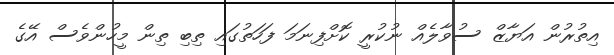
އިތުރުން އަޔާޒް ސުވާލެއް ނުކުރީ ކޮށްފިނަމަ ފަހަތުގައި ތިބި ތިން މީހުންވެސް އޭގެ